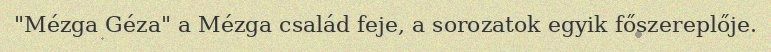
"Mézga Géza" a Mézga család feje, a sorozatok egyik főszereplője.